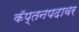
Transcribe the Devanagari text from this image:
कॅप्तनपदावर